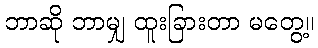
ဘာဆို ဘာမျှ ထူးခြားတာ မတွေ့။